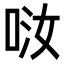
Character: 𠲤